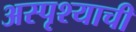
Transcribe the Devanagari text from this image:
अस्पृश्याची